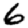
Digit: 6